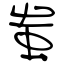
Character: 蚩